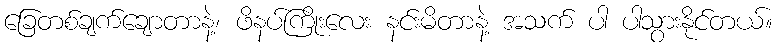
ခြေတစ်ချက်ချောတာနဲ့၊ ဖိနပ်ကြိုးလေး နင်းမိတာနဲ့ အသက် ပါ ပါသွားနိုင်တယ်။